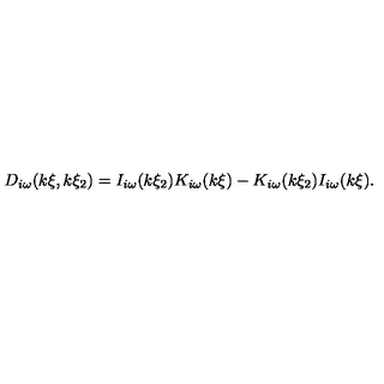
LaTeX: D _ { i \omega } ( k \xi , k \xi _ { 2 } ) = I _ { i \omega } ( k \xi _ { 2 } ) K _ { i \omega } ( k \xi ) - K _ { i \omega } ( k \xi _ { 2 } ) I _ { i \omega } ( k \xi ) .